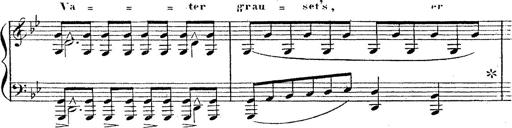
Title: 12 Lieder von Franz Schubert
Composer: Franz Liszt